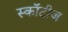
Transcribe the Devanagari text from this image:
स्कॉटीज